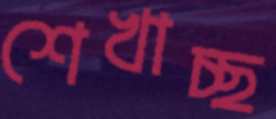
শেখাচ্ছ